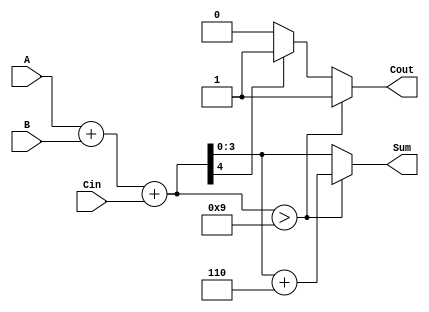
module BCD_Hybrid_Adder (
    input  [3:0] A,      // First BCD digit (0-9)
    input  [3:0] B,      // Second BCD digit (0-9)
    input        Cin,     // Carry input
    output reg [3:0] Sum, // BCD Sum output
    output reg Cout       // Carry output
);

    // Intermediate signals
    wire [4:0] binary_sum; // 5-bit to accommodate carry from binary addition
    wire bcd_correction;    // Flag for BCD correction condition

    // Binary addition of A, B, and Cin
    assign binary_sum = A + B + Cin;

    // Check if correction is needed
    assign bcd_correction = (binary_sum > 9);

    always @(*) begin
        if (bcd_correction) begin
            // If correction is needed, add 6 to bring into valid BCD range
            Sum = binary_sum[3:0] + 4'b0110; // Add 6 to the lower 4 bits
            Cout = 1; // Set carry out since the result exceeds BCD range
        end else begin
            Sum = binary_sum[3:0]; // No correction needed
            Cout = (binary_sum[4] == 1) ? 1 : 0; // Set Cout if there's a carry
        end
    end

endmodule